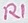
Text: R1